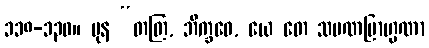
၁၁၈-၁၃၀။ ပုန “တတြ, ဘိက္ခဝေ, ယေ တေ သမဏဗြာဟ္မဏာ